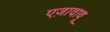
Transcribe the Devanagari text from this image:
एज़ावाथू